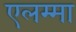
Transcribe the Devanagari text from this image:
एलम्‍मा